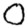
Digit: 0